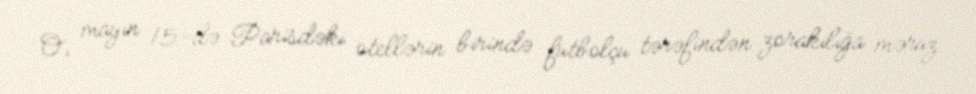
O, mayın 15-də Parisdəki otellərin birində futbolçu tərəfindən zorakılığa məruz